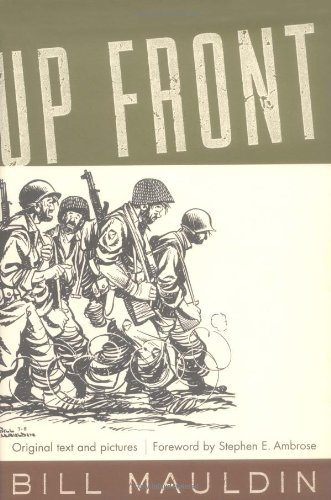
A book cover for Up Front; Bill Mauldin; Arts & Photography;